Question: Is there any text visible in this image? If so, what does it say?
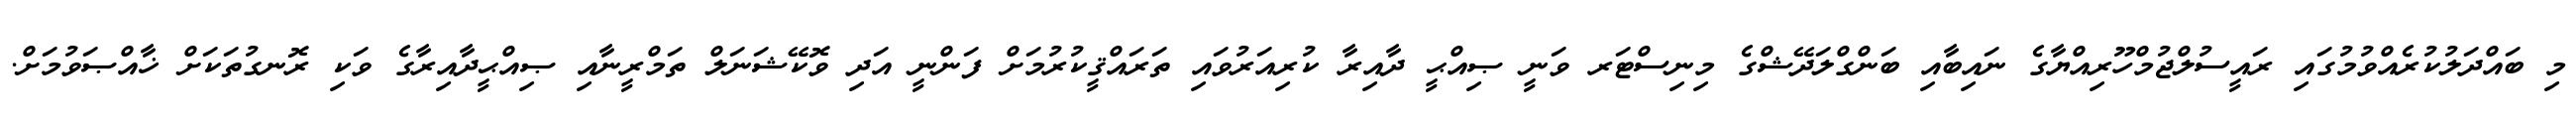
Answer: މި ބައްދަލުކުރެއްވުމުގައި ރައީސުލްޖުމްހޫރިއްޔާގެ ނައިބާއި ބަންގްލަދޭޝްގެ މިނިސްޓަރ ވަނީ ޞިއްޙީ ދާއިރާ ކުރިއަރުވައި ތަރައްޤީކުރުމަށް ފަންނީ އަދި ވޮކޭޝަނަލް ތަމްރީނާއި ޞިއްޙީދާއިރާގެ ވަކި ރޮނގުތަކަށް ޚާއްޞަވުމަށް.